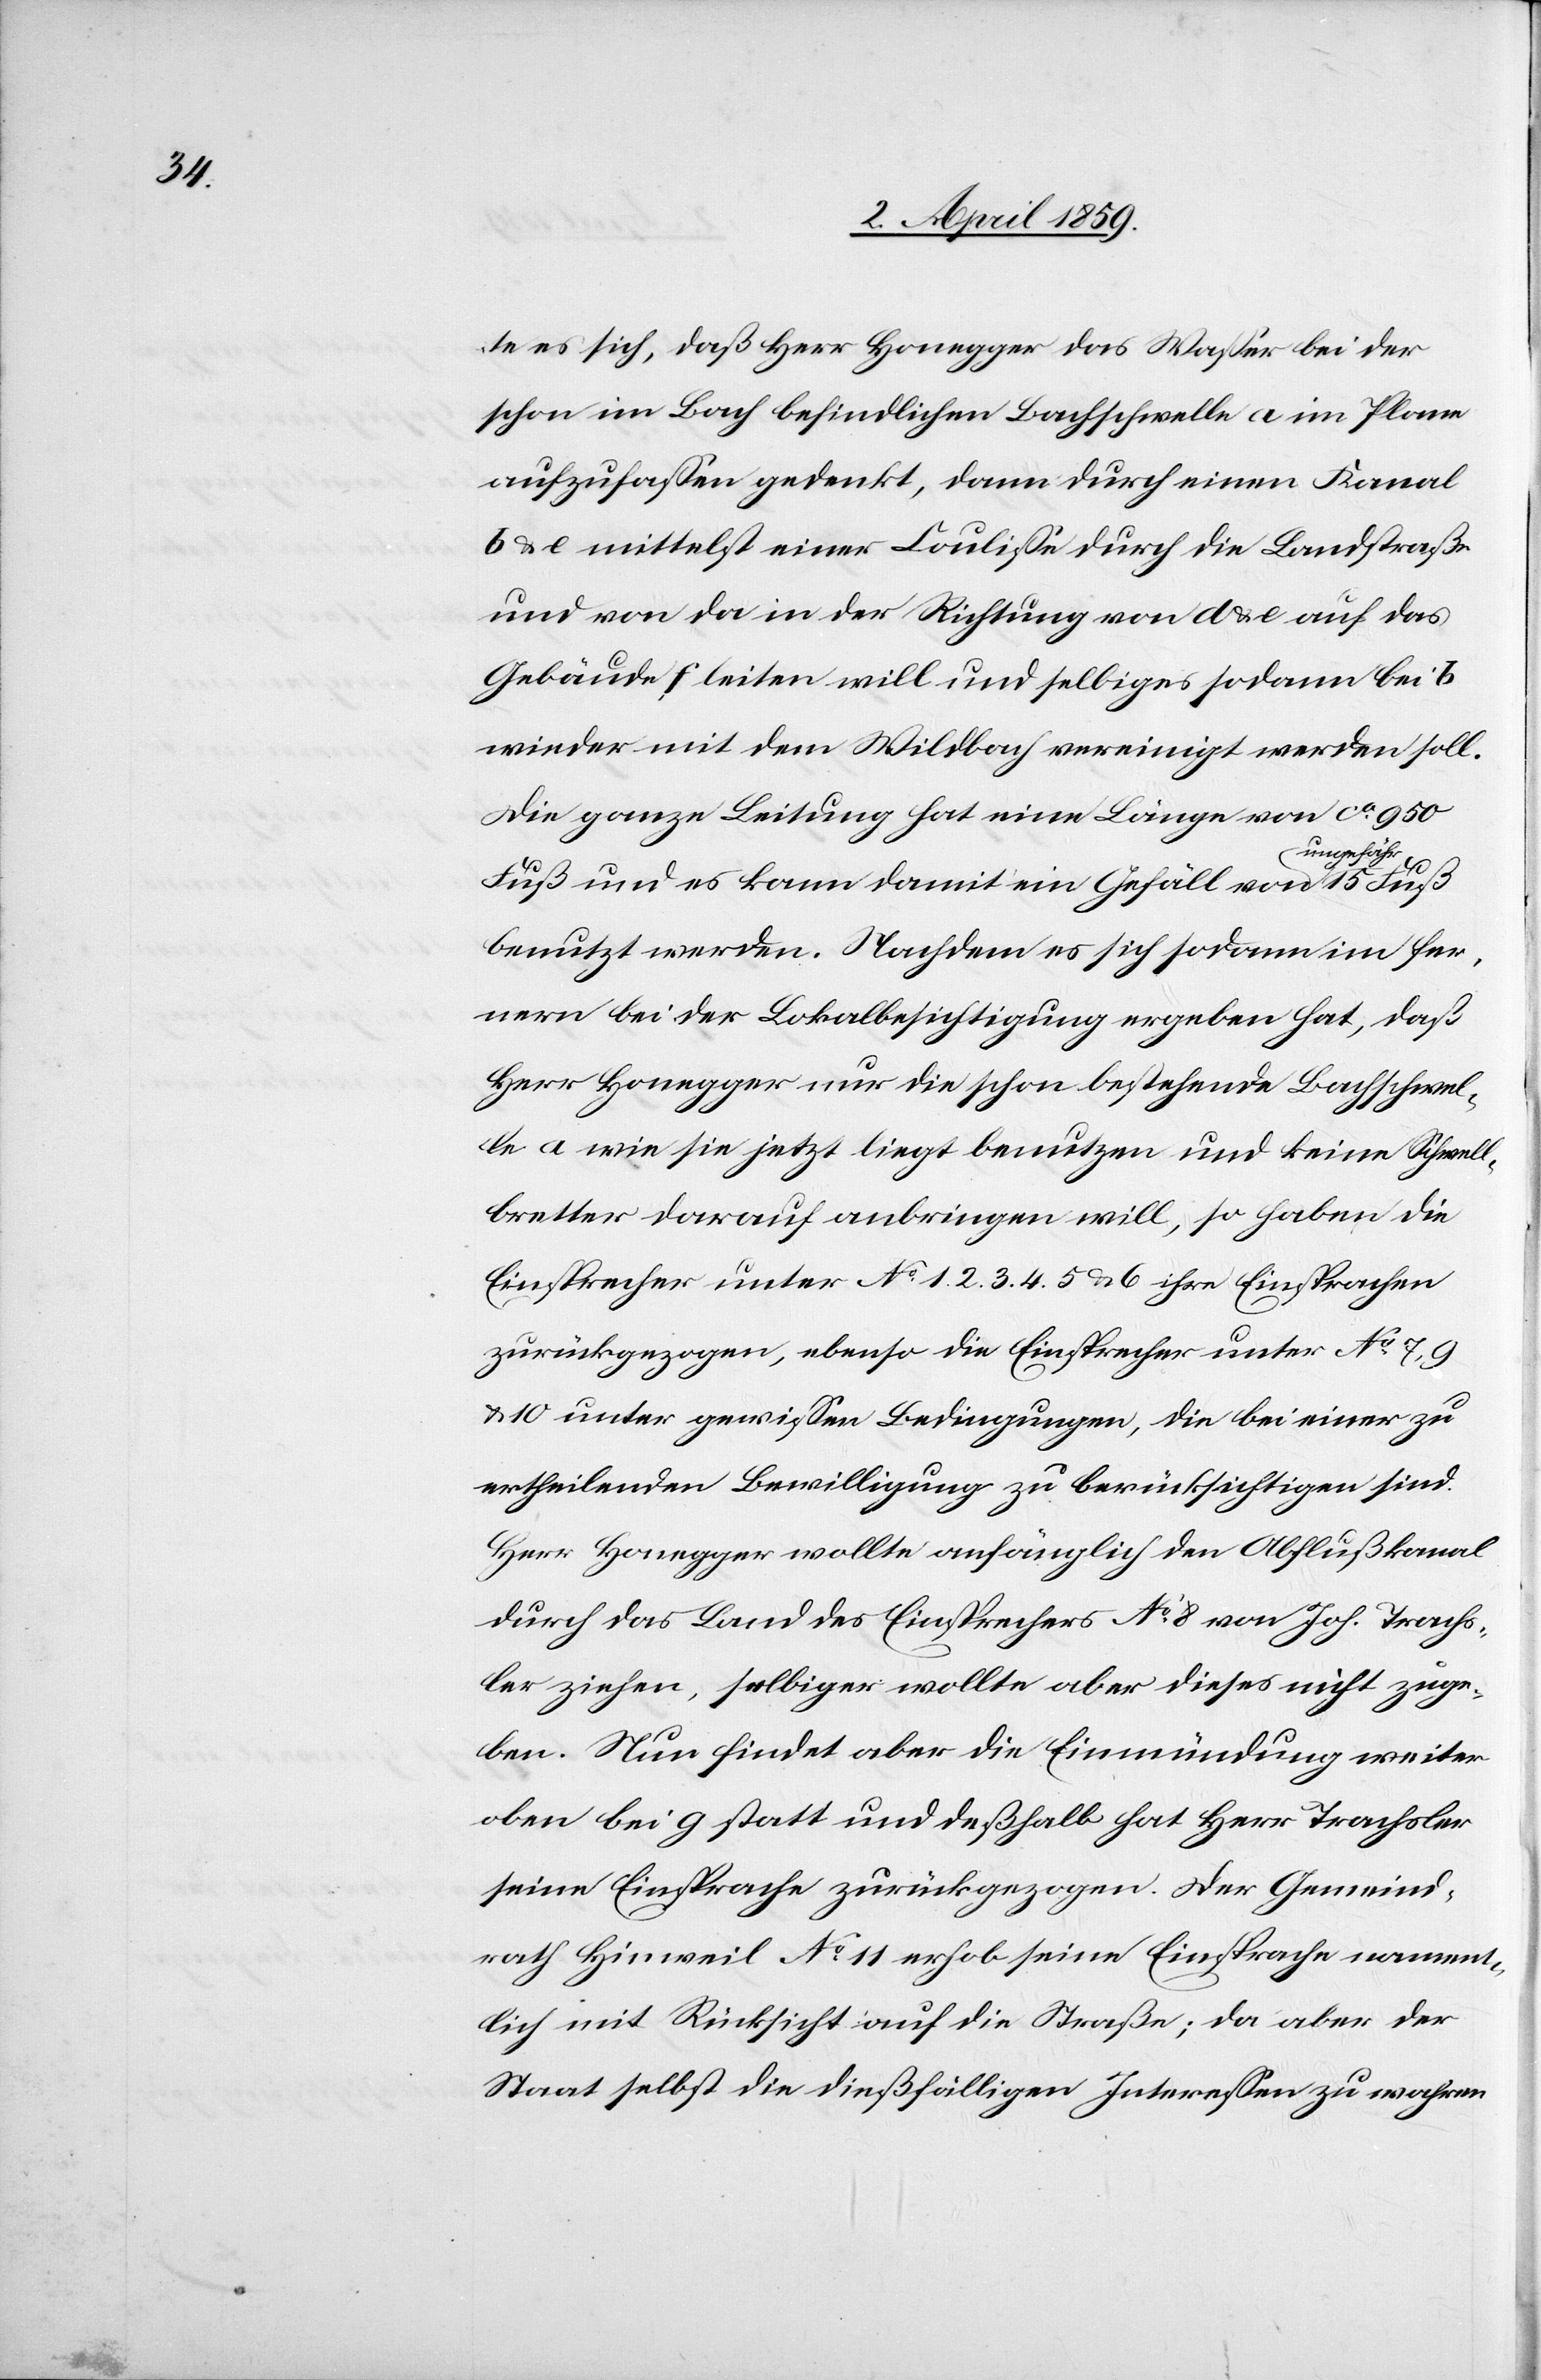
te es sich, daß Herr Honegger das Waßer bei der
schon im Bach befindlichen Bachschwelle a im Plane
aufzufaßen gedenkt, dann durch einen Kanal
b & c mittelst einer Couliße durch die Landstraße
und von da in der Richtung von d & e auf das
Gebäude f leiten will und selbiges sodann bei b
wieder mit dem Wildbach vereinigt werden soll.
Die ganze Leitung hat eine Länge von ca 950
ngefähr
Fuß und es kann damit ein Gefäll von u¬
benutzt werden. Nachdem es sich sodann im fer¬
nern bei der Lokalbesichtigung ergeben hat, daß
Herr Honegger nur die schon bestehende Bachschwel¬
le a wie sie jetzt liegt benutzen und keine Schwell¬
bretter darauf anbringen will, so haben die
Einsprecher unter No 1. 2. 3. 4. 5 & 6 ihre Einsprachen
zurückgezogen, ebenso die Einsprachen unter No 7, 9
& 10 unter gewißen Bedingungen, die bei einer zu
ertheilenden Bewilligung zu berücksichtigen sind.
Herr Honegger wollte anfänglich den Abflußkanal
durch das Land des Einsprechers No 8 von Joh. Trachs¬
ler ziehen, selbiger wollte aber dieses nicht zuge¬
ben. Nun findet aber die Einmündung weiter
oben bei g statt und deßhalb hat Herr Trachsler
seine Einsprache zurückgezogen. Der Gemeind¬
rath Hinweil No 11 erhob seine Einsprache nament¬
lich mit Rücksicht auf die Straße; da aber der
Staat selbst die dießfälligen Intereßen zu wahren